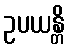
ဥပယန္တိ